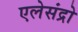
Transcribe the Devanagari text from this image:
एलेसंद्रो